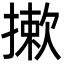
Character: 摗